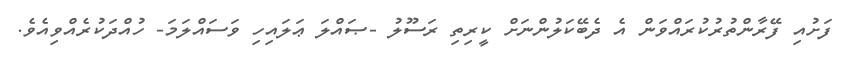
ފަށުއި ފޭރާންތުރުކުރައްވަން އެ ދެބޭކަލުންނަށް ކީރިތި ރަސޫލު -ޞައްލަ ޢަލައިހި ވަސައްލަމަ- ހުއްދަކުރެއްވިއެވެ.